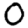
Digit: 0